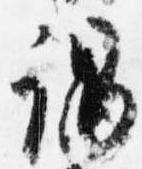
謂